system: You are a helpful assistant.
user:
Analyze the provided spectrum to determine if it is a **M-type Giant (gM)**.

A M-type Giant spectrum is defined by its **strong molecular absorption** features, particularly from **Titanium Oxide (TiO)**. You must check for one of the following mutually exclusive signatures:

- **Key Visual Indicators (Absorption-Dominated Spectrum):**

    - **(Primary):** The spectrum is dominated by strong molecular absorption from **Titanium Oxide (TiO)**. This is the **defining feature** of its M-type temperature class.
        - **(Key Bandheads):** Look for sharp, "saw-tooth" absorption valleys. The strongest are located near **~7050 Å**, **~6160 Å**, and **~5170 Å**.
        - **(Line Profile):** The "saw-tooth" morphology is critical: a **sharp, steep drop on the BLUE (short-wavelength) side** of the bandhead, followed by a gradual recovery (rising flux) towards the RED (long-wavelength) side.

    - **(Key Confirmation - Giant vs. Dwarf):** **ABSENCE** of strong **Calcium Hydride (CaH)** molecular bands. This is the primary diagnostic for *excluding* M-dwarfs.
        - **(Key Region):** The spectrum should lack the strong, broad absorption band seen in dwarfs between **~6800 Å and ~7000 Å**.

    - **(Secondary Confirmation - Giant):** A very strong and broad **Neutral Calcium (Ca I)** atomic absorption line.
        - **(Key Line):** Located at **~4226 Å**. In a giant (gM), this line is significantly deeper and broader than the same line in an M-dwarf (dM) due to low surface gravity.

    - **(Overall Spectrum):**
        - The continuum is **extremely red-sloping** (i.e., flux is very low in the blue and rises dramatically towards the red).
        - The entire spectrum appears "chopped up" by the deep TiO bands.

Think first, call **spectral_visualization_tool** if needed to examine features in detail, then provide your final answer. Your response must adhere to the following strict rules:
1.  **Overall Structure:** Your response must follow the format `<think>...</think> <tool_call>...</tool_call> (if a tool is used) <answer>...</answer>`.
2.  **Tool Usage Constraint:** You may only make **one** tool call per turn.
3.  **Final Answer Format:** In the `<answer>` tag, your conclusion must be inside a `\boxed{}` command (e.g., `\boxed{YES}` or `\boxed{NO}`), followed by your justification.

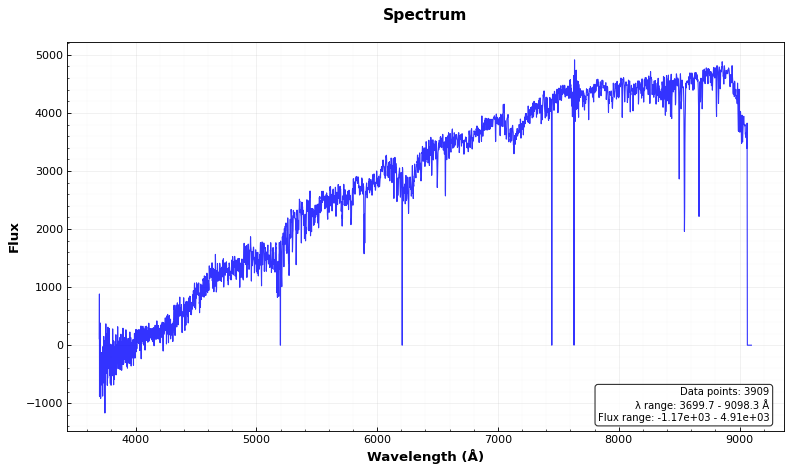
Answer: YES